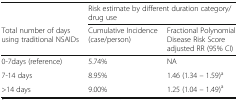
<table><thead><tr><td>[EMPTY_CELL]</td><td colspan="2"><b>Risk estimate by different duration category/drug use</b></td></tr><tr><td><b>Total number of days using traditional NSAIDs</b></td><td><b>Cumulative Incidence (case/person)</b></td><td><b>Fractional Polynomial Disease Risk Score adjusted RR (95% CI)</b></td></tr></thead><tbody><tr><td>0-7days (reference)</td><td>5.74%</td><td>NA</td></tr><tr><td>7-14 days</td><td>8.95%</td><td>1.46 (1.34 – 1.59)<sup>a</sup></td></tr><tr><td>&gt;14 days</td><td>9.00%</td><td>1.25 (1.04 – 1.49)<sup>a</sup></td></tr></tbody></table>